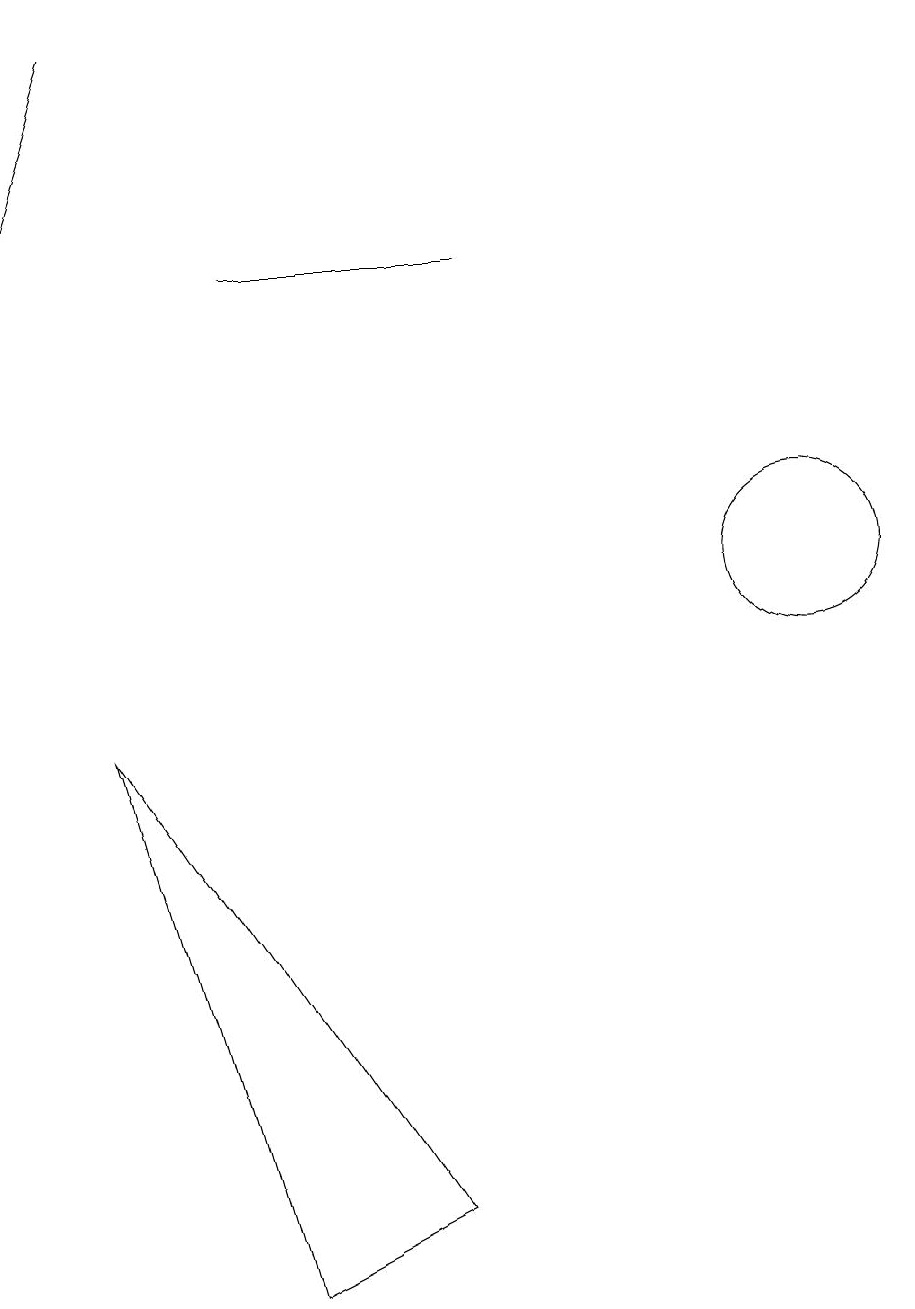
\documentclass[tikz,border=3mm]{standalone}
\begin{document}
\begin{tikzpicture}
\draw (10,10) circle (1);
\draw (1,8) -- (3,1) -- (5,2) -- cycle;
\draw (3,14) rectangle (6,14);
\draw[->] (1,17) -- (0,14);
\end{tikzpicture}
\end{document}